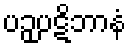
ပဉှပဋိဘာနံ